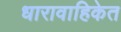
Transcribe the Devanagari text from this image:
धारावाहिकेत